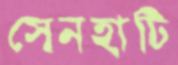
সেনহাটি